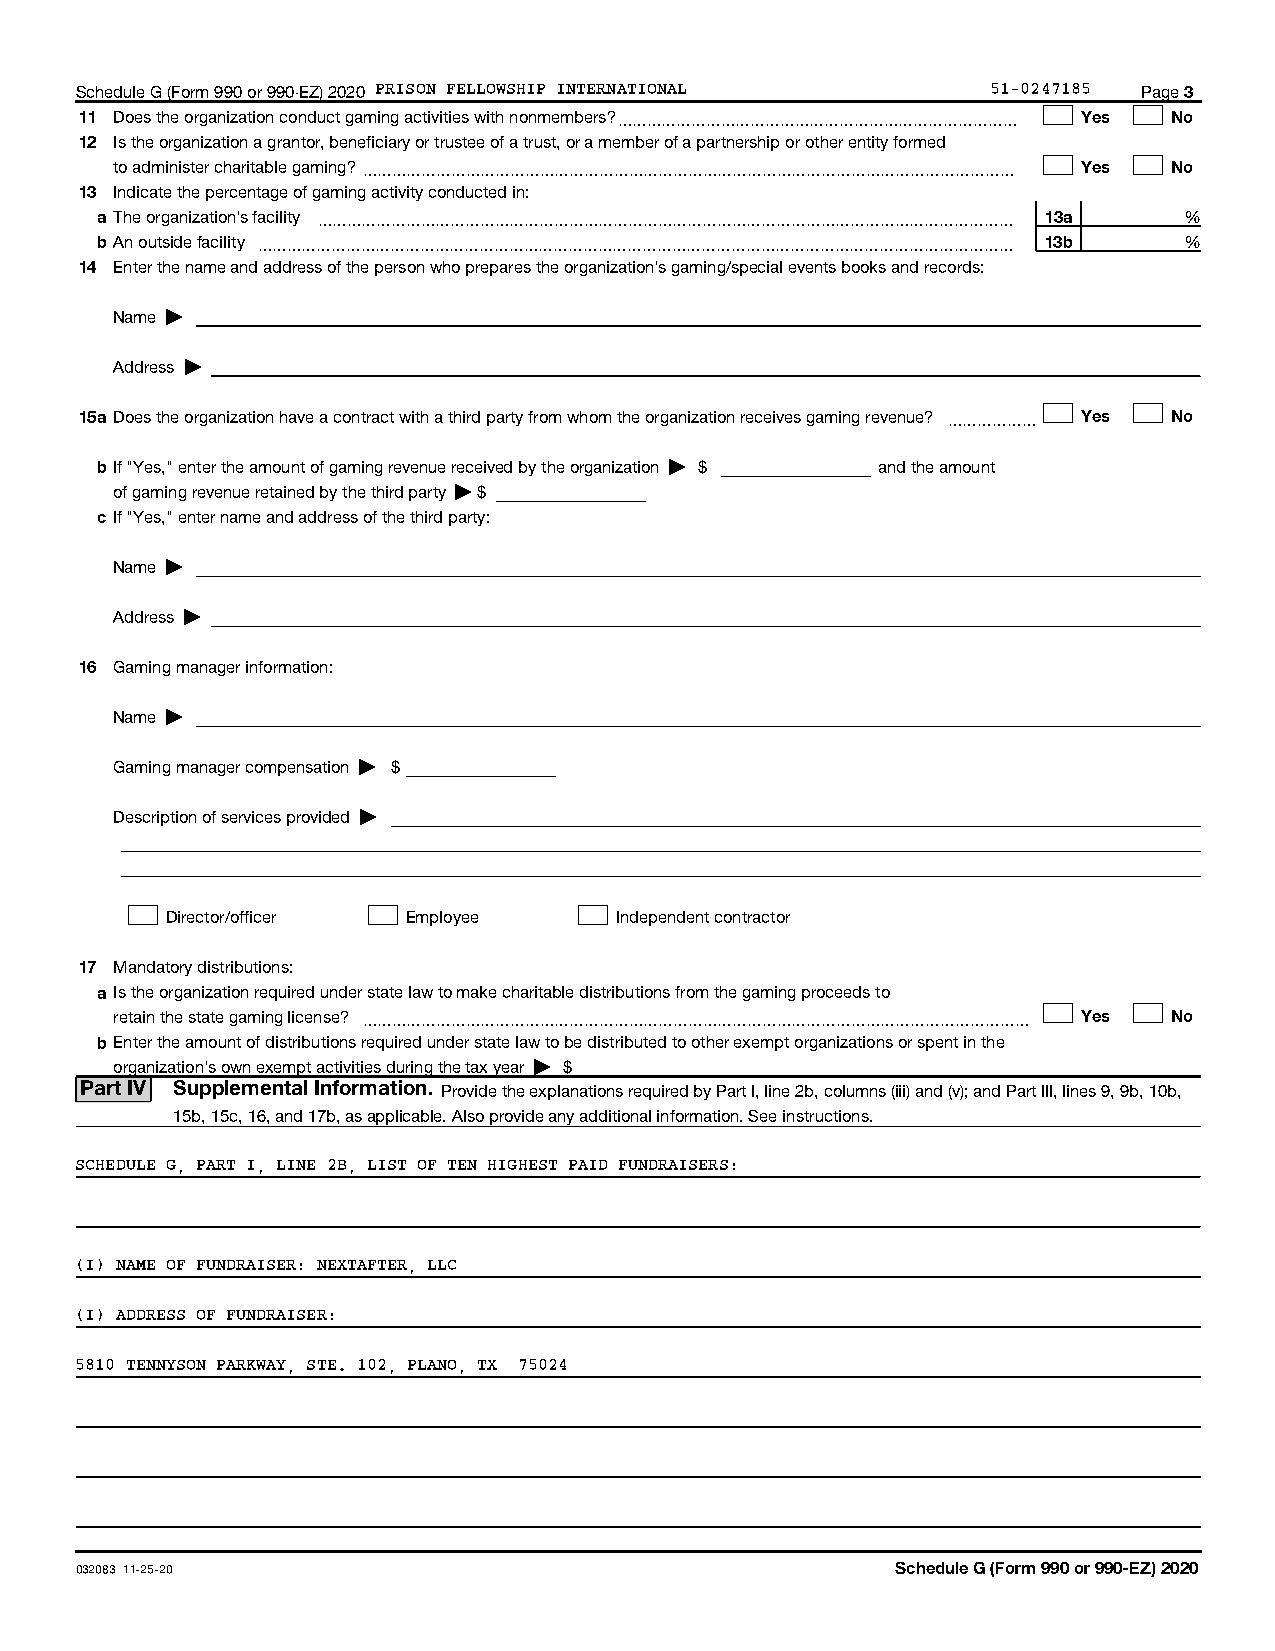
Schedule G (Form 990 or 990-EZ) 2020 PRISON FELLOWSHIP INTERNATIONAL 51-0247185 Page 3
 11 Does the organization conduct gaming activities with nonmembers?~~~~~~~~~~~~~~~~~~~~~~~~~~~ Yes No
 12 Is the organization a grantor, beneficiary or trustee of a trust, or a member of a partnership or other entity formed
 to administer charitable gaming?~~~~~~~~~~~~~~~~~~~~~~~~~~~~~~~~~~~~~~~~~~~~ Yes No
 13 Indicate the percentage of gaming activity conducted in:
 a The organization's facility ~~~~~~~~~~~~~~~~~~~~~~~~~~~~~~~~~~~~~~~~~~~~~~~ 13a %
 bAn outside facility ~~~~~~~~~~~~~~~~~~~~~~~~~~~~~~~~~~~~~~~~~~~~~~~~~~~ 13b %
 14 Enter the name and address of the person who prepares the organization's gaming/special events books and records:
 Name |
 Address |
 15a Does the organization have a contract with a third party from whom the organization receives gaming revenue? ~~~~~~ Yes No
 bIf "Yes," enter the amount of gaming revenue received by the organization | $ and the amount
 of gaming revenue retained by the third party | $
 c If "Yes," enter name and address of the third party:
 Name |
 Address |
 16 Gaming manager information:
 Name |
 Gaming manager compensation | $
 Description of services provided |
 Director/officer Employee     Independent contractor
 17 Mandatory distributions:
 a Is the organization required under state law to make charitable distributions from the gaming proceeds to
 retain the state gaming license? ~~~~~~~~~~~~~~~~~~~~~~~~~~~~~~~~~~~~~~~~~~~~~ Yes No
 bEnter the amount of distributions required under state law to be distributed to other exempt organizations or spent in the
 organization's own exempt activities during the tax year | $
 Part IV Supplemental Information. Provide the explanations required by Part I, line 2b, columns (iii) and (v); and Part III, lines 9, 9b, 10b,
 15b, 15c, 16, and 17b, as applicable. Also provide any additional information. See instructions.
 SCHEDULE G, PART I, LINE 2B, LIST OF TEN HIGHEST PAID FUNDRAISERS:
 (I) NAME OF FUNDRAISER: NEXTAFTER, LLC
 (I) ADDRESS OF FUNDRAISER:
 5810 TENNYSON PARKWAY, STE. 102, PLANO, TX 75024
 032083 11-25-20                                       Schedule G (Form 990 or 990-EZ) 2020